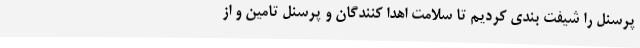
پرسنل را شیفت بندی کردیم تا سلامت اهدا کنندگان و پرسنل تامین و از